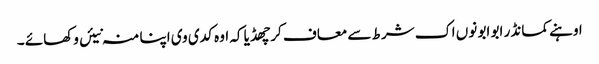
اوہنے کمانڈر ابو ابو نوں اک شرط سے معاف کر چھڈیا کہ اوہ کدی وی اپنا منہ نیئں وکھائے ۔